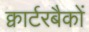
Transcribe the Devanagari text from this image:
क्वार्टरबैकों